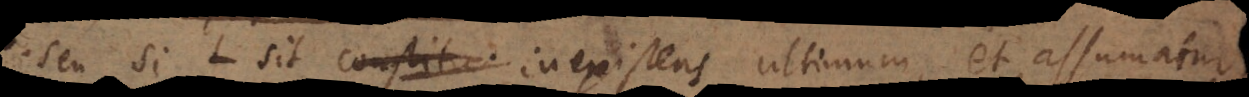
seu si L sit constitu inexistens ultimum, et assumatu